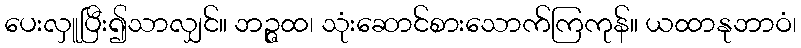
ပေးလှူပြီး၍သာလျှင်။ ဘဉ္ဇထ၊ သုံးဆောင်စားသောက်ကြကုန်။ ယထာနုဘာဝံ၊